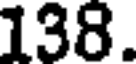
138.